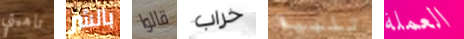
تاهيتي بالشر قالوا خراب تلبية العملة